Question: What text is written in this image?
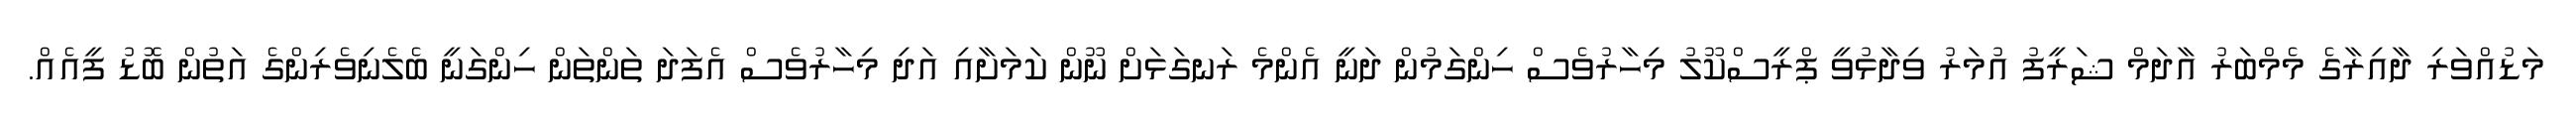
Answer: މަޑުއްވަރި ދާއިރާގެ މެމްބަރު އާދަމް ޝަރީފު އުމަރު ވިދާޅުވީ ޕްރީސްކޫލު މިހާރުވެސް ހިންގަމުން ދަނީ އެންމެ ރަނގަޅަށް ނޫން ކަމަށާއި އަދި މިހާރުވެސް އެފަދަ ތަންތަން ހިންގަނީ ބެލެނިވެރިންގެ އަތުން ބޮޑު ފީއެއް.